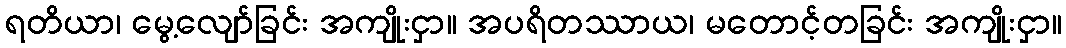
ရတိယာ၊ မွေ့လျော်ခြင်း အကျိုးငှာ။ အပရိတဿာယ၊ မတောင့်တခြင်း အကျိုးငှာ။